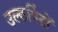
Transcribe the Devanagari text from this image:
उल्कपिंडों